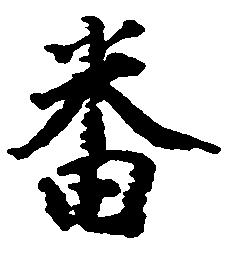
番